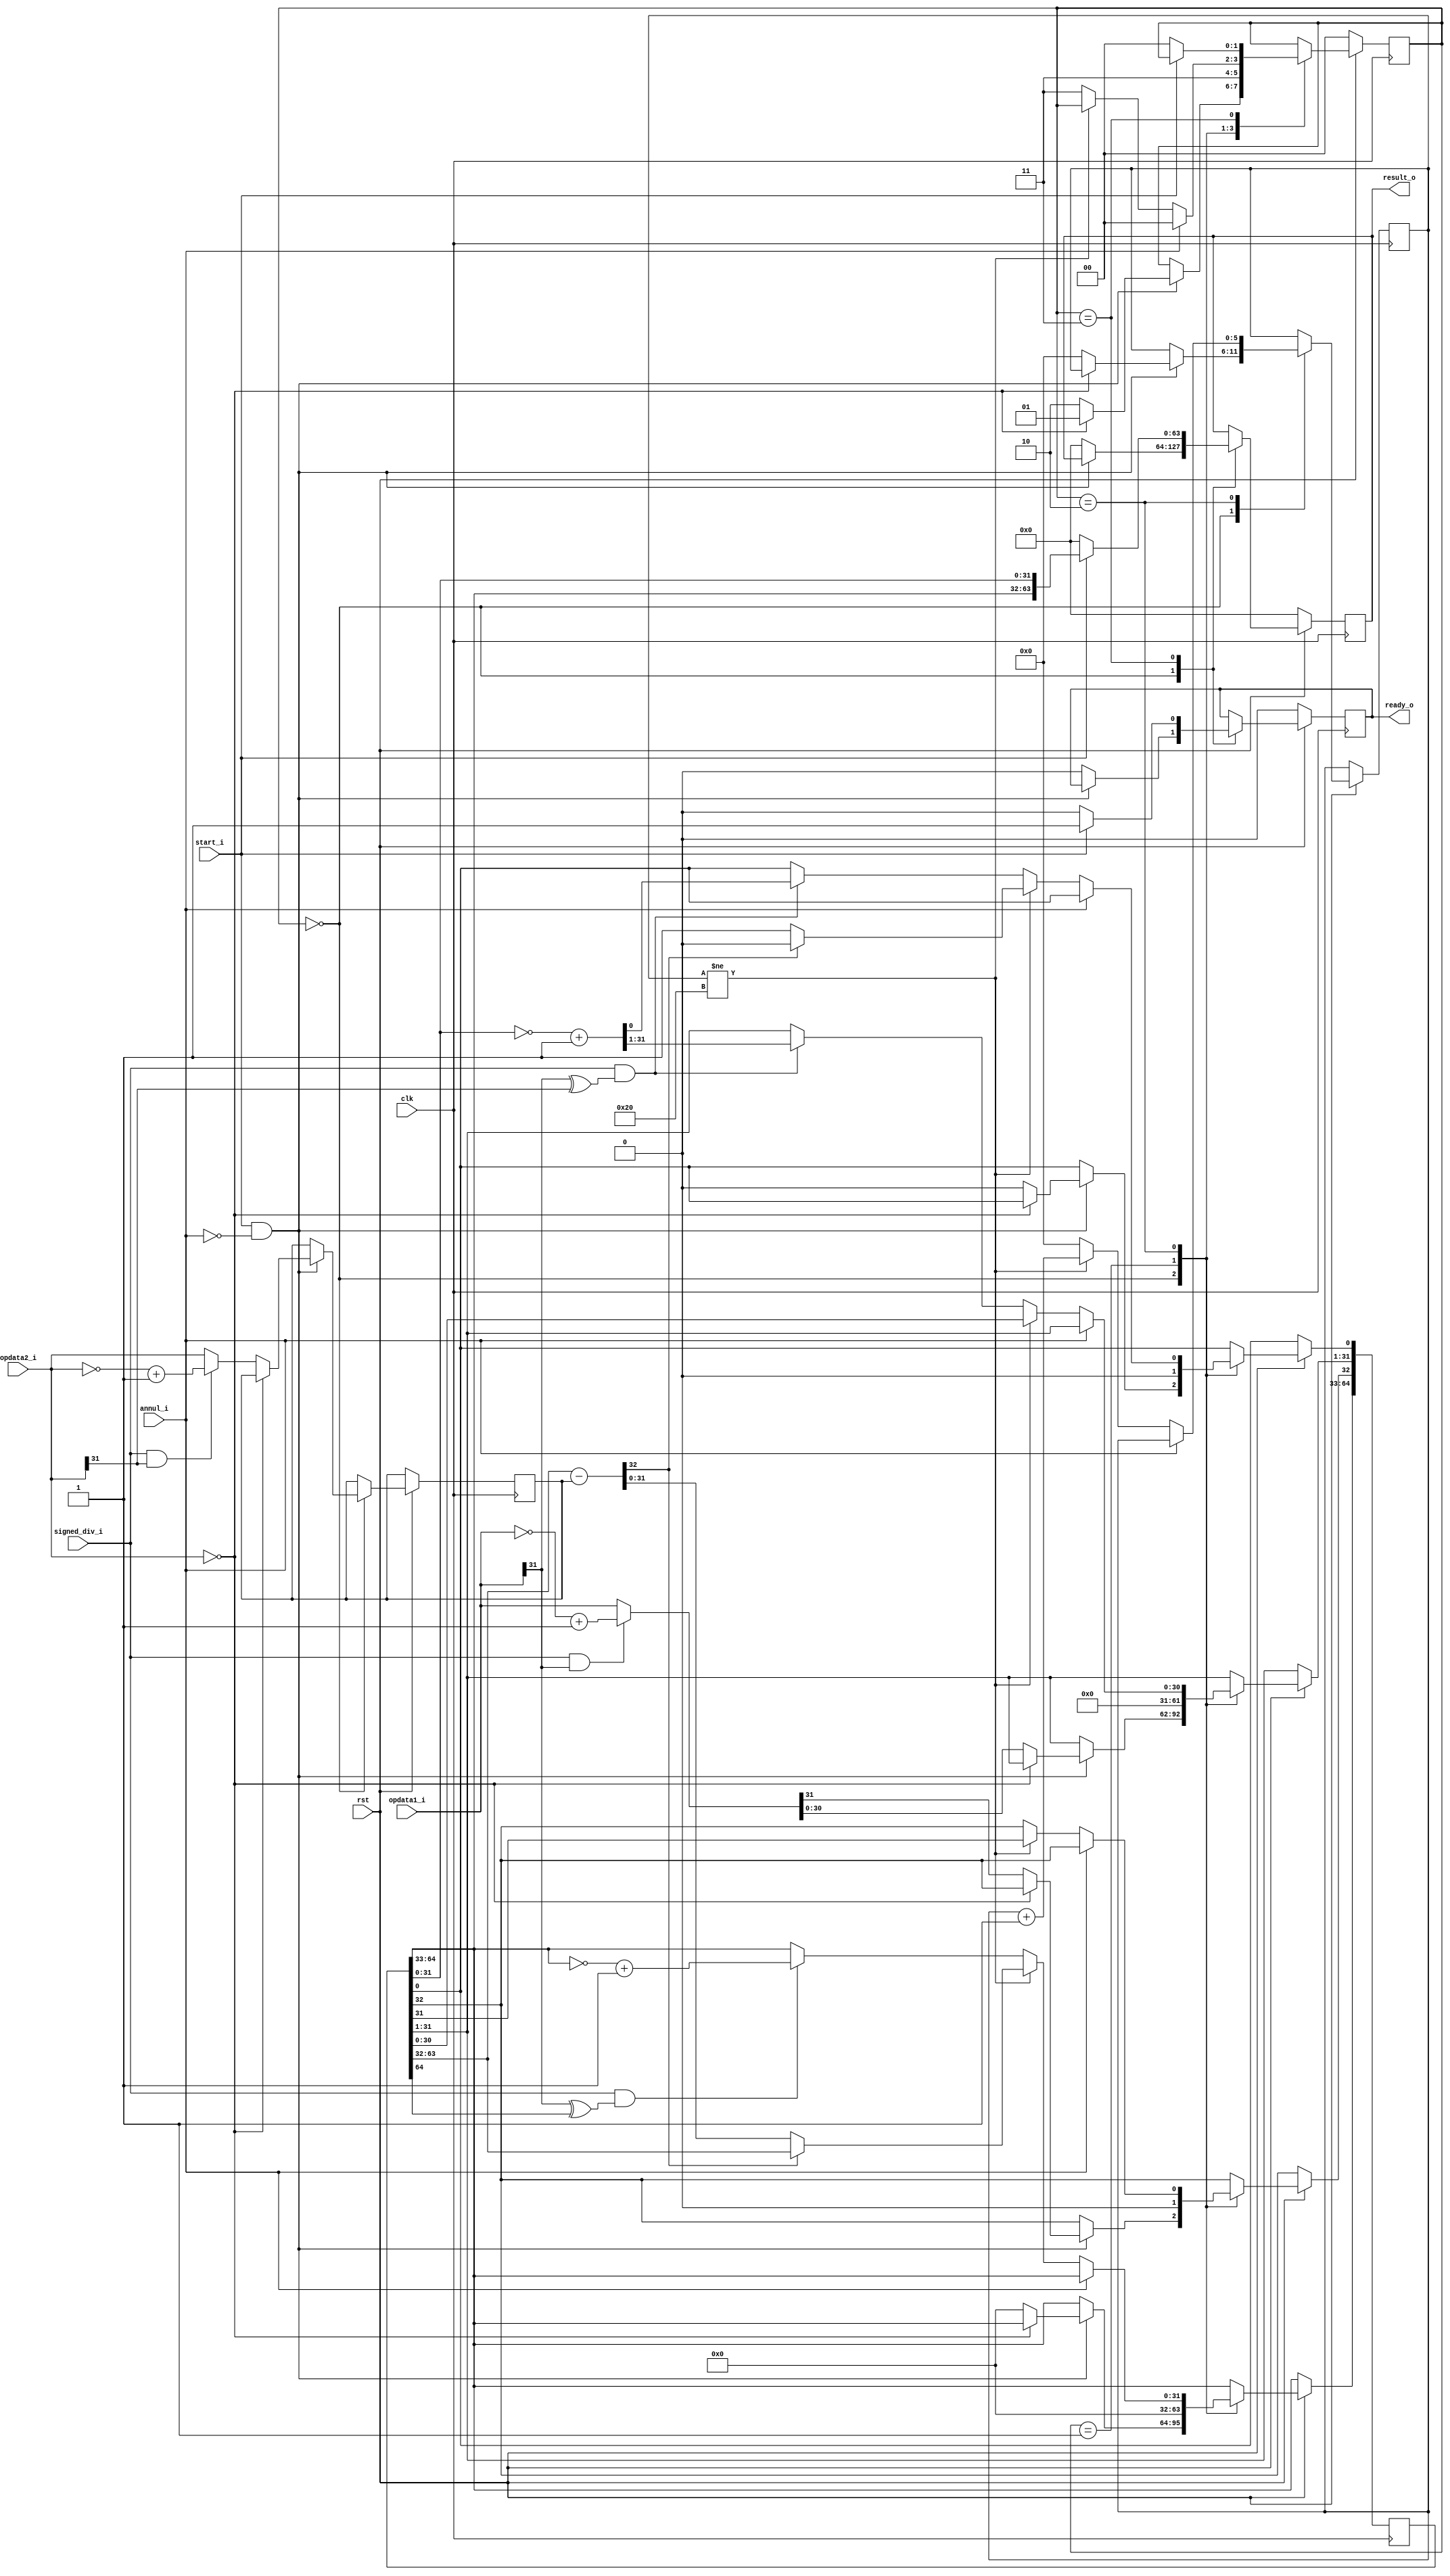
`timescale 1ns / 1ps
//////////////////////////////////////////////////////////////////////////////////
// Company: 
// Engineer: 
// 
// Design Name: 
// Module Name: div
// Project Name: 
// Target Devices: 
// Tool Versions: 
// Description: 
// 
// Dependencies: 
// 
// Revision:
// Revision 0.01 - File Created
// Additional Comments:
// 
//////////////////////////////////////////////////////////////////////////////////


module div(
    input wire clk,
    input wire rst,
    
    input wire signed_div_i,       
    input wire[31:0] opdata1_i,
    input wire[31:0] opdata2_i,    
    input wire start_i,       
    input wire annul_i,          
    
    output reg[63:0] result_o, 
    output reg ready_o            
    );
    wire[32:0] div_temp;
    reg[5:0] cnt;                   
    reg[64:0] dividend;
    reg[1:0] state;
    reg[31:0] divisor;
    reg[31:0] temp_op1;
    reg[31:0] temp_op2;
    
    assign div_temp = {1'b0, dividend[63:32]} - {1'b0, divisor};
    
    always @ (*) begin
        if(signed_div_i == 1'b1 && opdata1_i[31] == 1'b1) begin
            temp_op1 <= ~opdata1_i + 1;
        end else begin
            temp_op1 <= opdata1_i;
        end
        if(signed_div_i == 1'b1 && opdata2_i[31] == 1'b1) begin 
            temp_op2 <= ~opdata2_i + 1;
        end else begin
            temp_op2 <= opdata2_i;
        end
    end
    
    always @ (posedge clk) begin
        if (rst == 1'b0) begin
            state <= 2'b00;
            ready_o <= 1'b0;
            result_o <= {32'h00000000, 32'h00000000};
        end else begin
            case (state)
                2'b00: begin
                    if(start_i == 1'b1 && annul_i == 1'b0) begin
                        if(opdata2_i == 32'h00000000) begin
                            state <= 2'b01;      
                        end else begin
                            state <= 2'b10;       
                            cnt <= 6'b000000;
                            dividend <= {32'h00000000, 32'h00000000};
                            dividend[32:1] <= temp_op1;
                            divisor <= temp_op2;
                        end
                    end else begin
                        ready_o <= 1'b0;
                        result_o <= {32'h00000000, 32'h00000000};
                    end
                end
                2'b01: begin
                    dividend <= {32'h00000000, 32'h00000000};
                    state <= 2'b11;
                end
                2'b10: begin
                    if (annul_i == 1'b0) begin
                        if(cnt != 6'b100000) begin
                            if(div_temp[32] == 1'b1) begin
                                dividend <= {dividend[63:0], 1'b0};
                            end else begin
                                dividend <= {div_temp[31:0], dividend[31:0], 1'b1};
                            end
                            cnt <= cnt + 1;
                        end else begin
                            if((signed_div_i == 1'b1) 
                                && ((opdata1_i[31] ^ opdata2_i[31]) == 1'b1)) begin 
                                dividend[31:0] <= (~dividend[31:0] + 1);
                            end
                            if((signed_div_i == 1'b1)
                                && ((opdata1_i[31] ^ dividend[64]) == 1'b1)) begin
                                dividend[64:33] <= (~dividend[64:33] + 1);
                            end
                            state <= 2'b11;
                            cnt <= 6'b000000;
                        end
                    end else begin
                        state <= 2'b00;
                    end
                end
                2'b11: begin
                    result_o <= {dividend[64:33], dividend[31:0]};
                    ready_o <= 1'b1;
                    if (start_i == 1'b0) begin
                        state <= 2'b00;
                        ready_o <= 1'b0;
                        result_o <= {32'h00000000, 32'h00000000};
                    end
                end
            endcase
        end
    end
endmodule